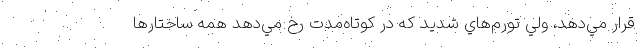
قرار مي‌دهد، ولي تورم‌هاي شديد كه در كوتاه‌مدت رخ مي‌دهد همه ساختارها